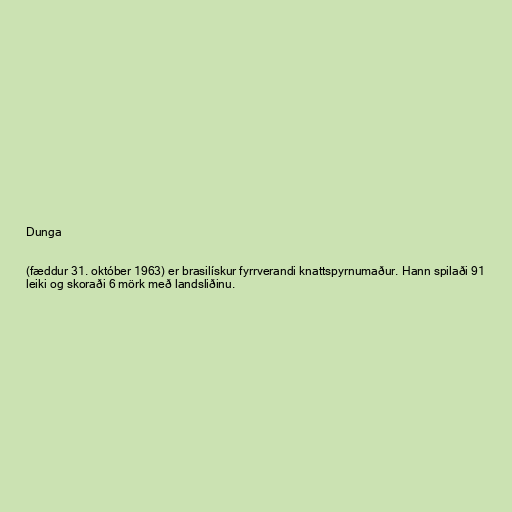
Dunga

(fæddur 31. október 1963) er brasilískur fyrrverandi knattspyrnumaður. Hann spilaði 91
leiki og skoraði 6 mörk með landsliðinu.